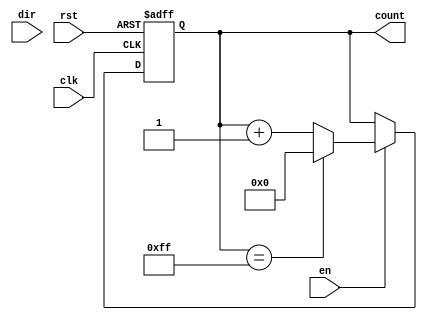
module ParameterizedCounter #(
    parameter WIDTH = 8,            // Width of the counter
    parameter COUNT_MODE = "UP"     // Counting mode: "UP", "DOWN", or "UPDOWN"
)(
    input wire clk,                 // Clock signal
    input wire rst,                 // Asynchronous reset
    input wire en,                  // Enable signal
    input wire dir,                 // Direction signal (1 for up, 0 for down)
    output reg [WIDTH-1:0] count    // Current count value
);

    // Internal signal to hold the next count value
    reg [WIDTH-1:0] next_count;

    // Asynchronous reset
    always @(posedge clk or posedge rst) begin
        if (rst) begin
            count <= 0;               // Reset count to 0
        end else if (en) begin
            count <= next_count;      // Update count
        end
    end

    // Determine next count value based on counting mode
    always @(*) begin
        case (COUNT_MODE)
            "UP": begin
                if (en) begin
                    next_count = (count == {WIDTH{1'b1}}) ? 0 : count + 1; // Wrap around
                end else begin
                    next_count = count; // Hold current value
                end
            end
            "DOWN": begin
                if (en) begin
                    next_count = (count == 0) ? {WIDTH{1'b1}} : count - 1; // Wrap around
                end else begin
                    next_count = count; // Hold current value
                end
            end
            "UPDOWN": begin
                if (en) begin
                    if (dir) begin
                        next_count = (count == {WIDTH{1'b1}}) ? 0 : count + 1; // Up counting with wrap around
                    end else begin
                        next_count = (count == 0) ? {WIDTH{1'b1}} : count - 1; // Down counting with wrap around
                    end
                end else begin
                    next_count = count; // Hold current value
                end
            end
            default: begin
                next_count = count; // Default case, hold current value
            end
        endcase
    end

endmodule